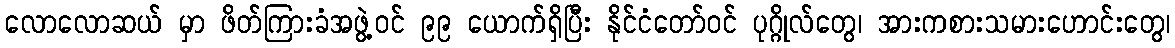
လောလောဆယ် မှာ ဖိတ်ကြားခံအဖွဲ့ဝင် ၉၉ ယောက်ရှိပြီး နိုင်ငံတော်ဝင် ပုဂ္ဂိုလ်တွေ၊ အားကစားသမားဟောင်းတွေ၊